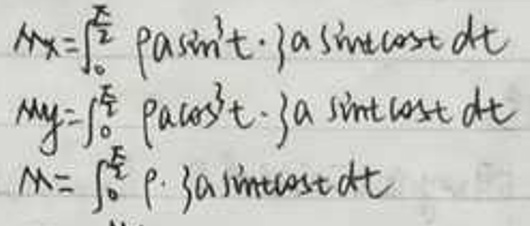
\[M_x&=\int_{0}^{\frac{\pi}{2}}\rho a\sin^3t\cdot a\sin t\cos t\ dt\]\\
\[M_y&=\int_{0}^{\frac{\pi}{2}}\rho a\cos^3t\cdot a\sin t\cos t\ dt\]\\
\[M&=\int_{0}^{\frac{\pi}{2}}\rho\cdot 3a\sin t\cos t\ dt\]